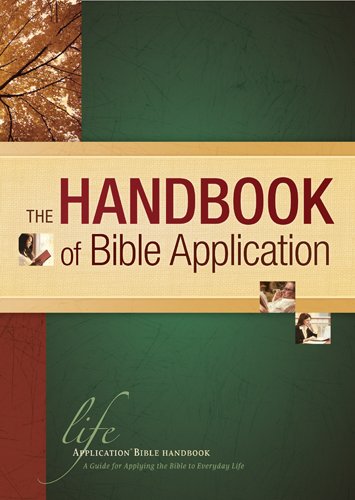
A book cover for The Handbook of Bible Application (Life Application Reference Library); Christian Books & Bibles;